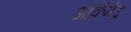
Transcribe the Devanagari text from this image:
आर्केमेडू